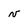
Character: v